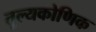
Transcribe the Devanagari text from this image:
तुल्यकोणिक